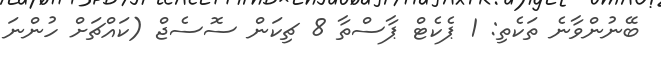
ބޭނުންވާނެ ތަކެތި: 1 ޕެކެޓް ޕާސްތާ 8 ޗިކަން ސޮސެޖް (ކައްޗަށް ހުންނަ